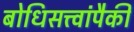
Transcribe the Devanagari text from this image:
बोधिसत्त्वांपैकी